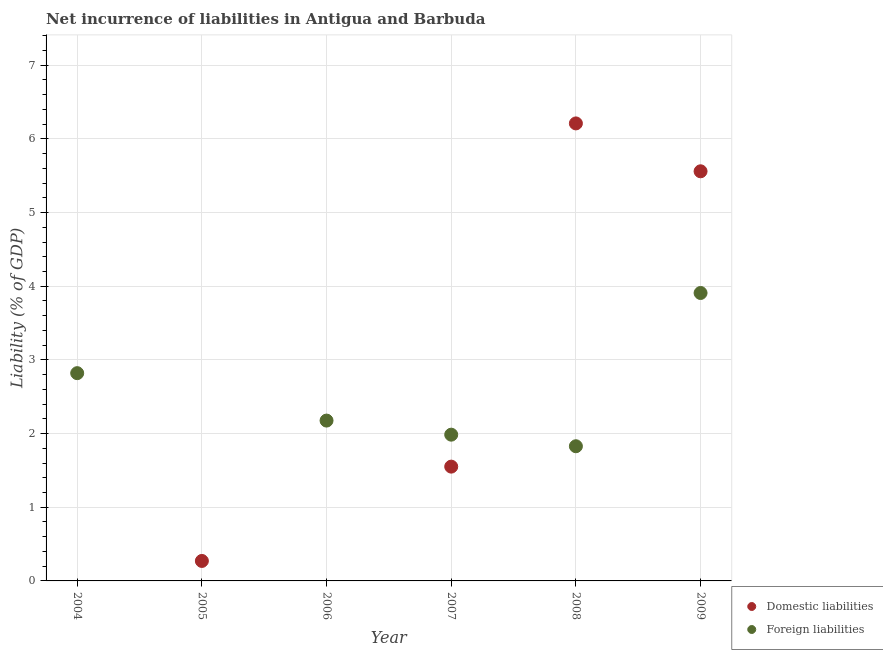
| Year | Domestic liabilities | Foreign liabilities |
 | --- | --- | --- |
 | 2004 | -0.705 | 2.82 |
 | 2005 | 0.271 | -17.8 |
 | 2006 | -1.9 | 2.18 |
 | 2007 | 1.55 | 1.99 |
 | 2008 | 6.21 | 1.83 |
 | 2009 | 5.56 | 3.91 |